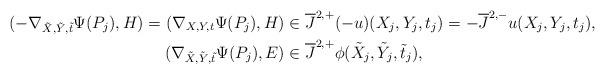
LaTeX: \begin{align*} (-\nabla_{\tilde X,\tilde Y,\tilde t}\Psi(P_j), H) = (\nabla_{X,Y,t}\Psi(P_j), H) &\in \overline{J}^{2,+}(-u)(X_j,Y_j,t_j) = -\overline{J}^{2,-}u(X_j,Y_j,t_j), \\ (\nabla_{\tilde X, \tilde Y, \tilde t}\Psi(P_j), E) &\in \overline{J}^{2,+} \phi(\tilde X_j, \tilde Y_j, \tilde t_j),\end{align*}